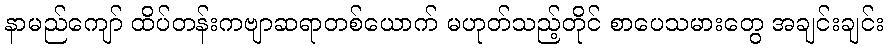
နာမည်ကျော် ထိပ်တန်းကဗျာဆရာတစ်ယောက် မဟုတ်သည့်တိုင် စာပေသမားတွေ အချင်းချင်း